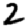
Digit: 2